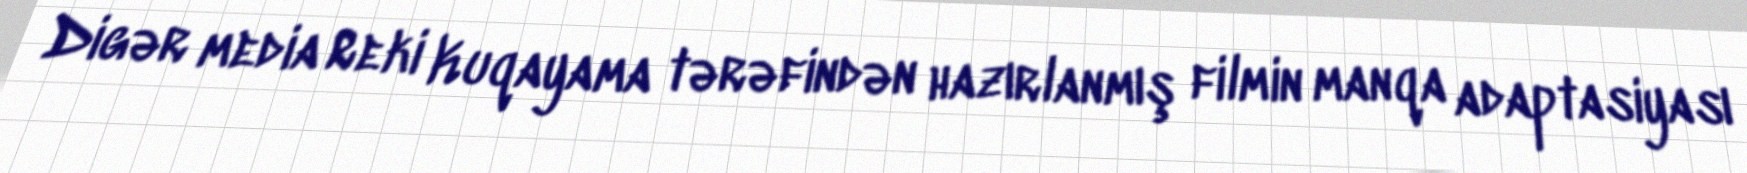
Digər media Reki Kuqayama tərəfindən hazırlanmış filmin manqa adaptasiyası